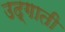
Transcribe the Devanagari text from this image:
उद्गाती